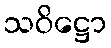
သဝိဋ္ဌော